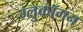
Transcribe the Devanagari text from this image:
ग्लुकॉगन